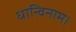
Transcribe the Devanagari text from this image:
धान्विनाम।